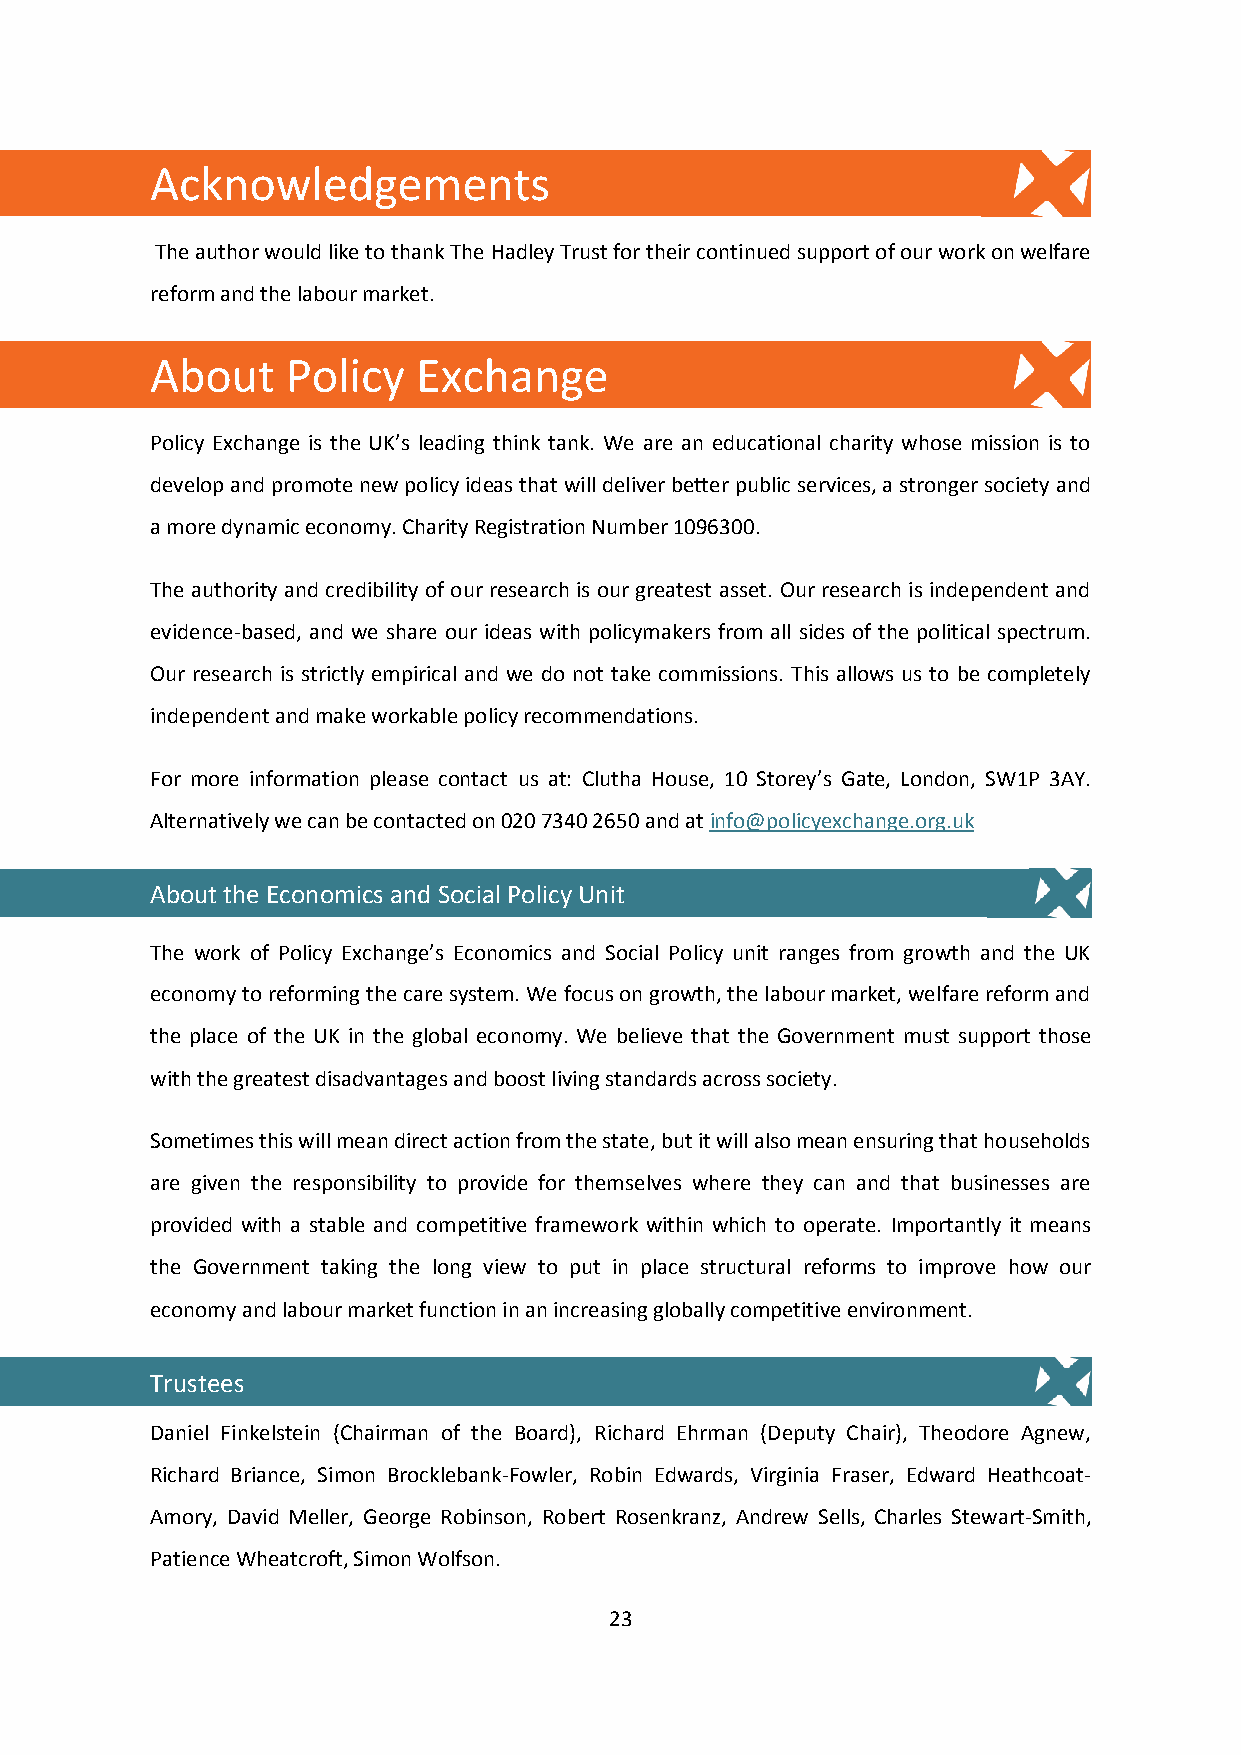
Acknowledgements
 The author would like to thank The Hadley Trust for their continued support of our work on welfare
 reform and the labour market.
 About    Policy   Exchange
 Policy Exchange is the UK’s leading think tank. We are an educational charity whose mission is to
 develop and promote new policy ideas that will deliver better public services, a stronger society and
 a more dynamic economy. Charity Registration Number 1096300.
 The authority and credibility of our research is our greatest asset. Our research is independent and
 evidence-based, and we share our ideas with policymakers from all sides of the political spectrum.
 Our research is strictly empirical and we do not take commissions. This allows us to be completely
 independent and make workable policy recommendations.
 For more information please contact us at: Clutha House, 10 Storey’s Gate, London, SW1P 3AY.
 Alternatively we can be contacted on 020 7340 2650 and at info@policyexchange.org.uk
 About the Economics and Social Policy Unit
 The work of Policy Exchange’s Economics and Social Policy unit ranges from growth and the UK
 economy to reforming the care system. We focus on growth, the labour market, welfare reform and
 the place of the UK in the global economy. We believe that the Government must support those
 with the greatest disadvantages and boost living standards across society.
 Sometimes this will mean direct action from the state, but it will also mean ensuring that households
 are given the responsibility to provide for themselves where they can and that businesses are
 provided with a stable and competitive framework within which to operate. Importantly it means
 the Government taking the long view to put in place structural reforms to improve how our
 economy and labour market function in an increasing globally competitive environment.
 Trustees
 Daniel Finkelstein (Chairman of the Board), Richard Ehrman (Deputy Chair), Theodore Agnew,
 Richard Briance, Simon Brocklebank-Fowler, Robin Edwards, Virginia Fraser, Edward Heathcoat-
 Amory, David Meller, George Robinson, Robert Rosenkranz, Andrew Sells, Charles Stewart-Smith,
 Patience Wheatcroft, Simon Wolfson.
 23